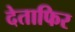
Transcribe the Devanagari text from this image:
देताफिर